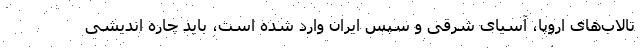
تالاب‌های اروپا، آسیای شرقی و سپس ایران وارد شده است، باید چاره اندیشی